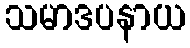
သမာဒပနာယ